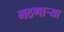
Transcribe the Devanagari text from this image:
गठणार्‍या